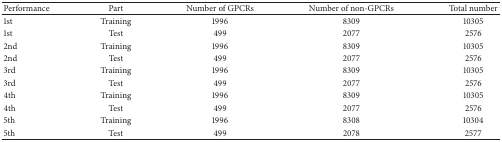
| Performance | Part | Number of GPCRs | Number of non-GPCRs | Total number |
 | --- | --- | --- | --- | --- |
 | 1st | Training | 1996 | 8309 | 10305 |
 | 1st | Test | 499 | 2077 | 2576 |
 | 2nd | Training | 1996 | 8309 | 10305 |
 | 2nd | Test | 499 | 2077 | 2576 |
 | 3rd | Training | 1996 | 8309 | 10305 |
 | 3rd | Test | 499 | 2077 | 2576 |
 | 4th | Training | 1996 | 8309 | 10305 |
 | 4th | Test | 499 | 2077 | 2576 |
 | 5th | Training | 1996 | 8308 | 10304 |
 | 5th | Test | 499 | 2078 | 2577 |